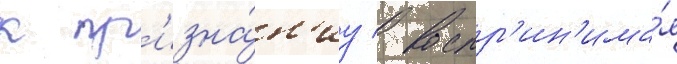
к пр'изна́н'иу / воспр'ин'има́я